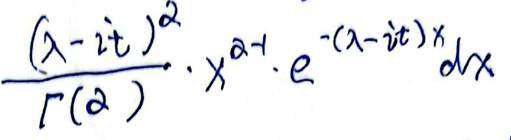
\[
\frac{(\lambda - it)^2}{\Gamma(\alpha)} \cdot x^{\alpha - 1} \cdot e^{-(\lambda - it)x} dx
\]